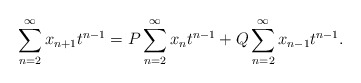
\begin{align*}\sum_{n=2}^{\infty}x_{n+1} t^{n-1}=P\sum_{n=2}^{\infty}x_n t^{n-1}+Q\sum_{n=2}^{\infty}x_{n-1} t^{n-1}.\end{align*}